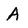
Character: A